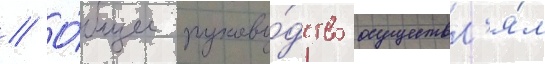
// О́бщее руково́дство осуществл'я́л